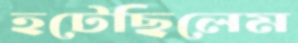
হটেছিলেম